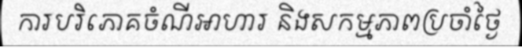
ការបរិភោគចំណីអាហារ និងសកម្មភាពប្រចាំថ្ងៃ